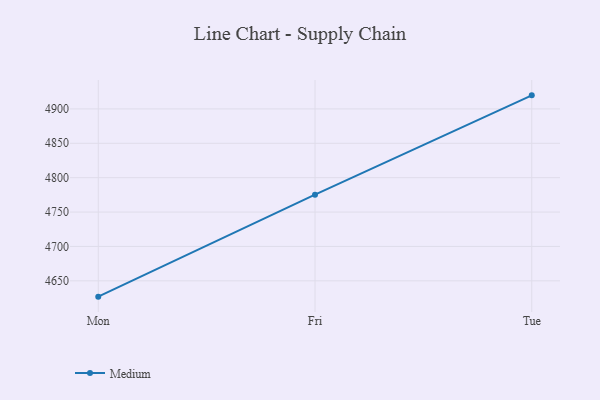
{"axis": {"x": "Day", "y": "Churn Rate (%)"}, "legend": ["Medium"], "data": [{"x": "Mon", "y": 4627.0, "type": "Medium"}, {"x": "Fri", "y": 4775.3, "type": "Medium"}, {"x": "Tue", "y": 4919.7, "type": "Medium"}]}